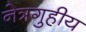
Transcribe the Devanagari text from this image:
नेत्रगुहीय